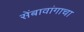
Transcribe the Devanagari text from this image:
सेंबावांगाचा